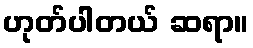
ဟုတ်ပါတယ် ဆရာ။